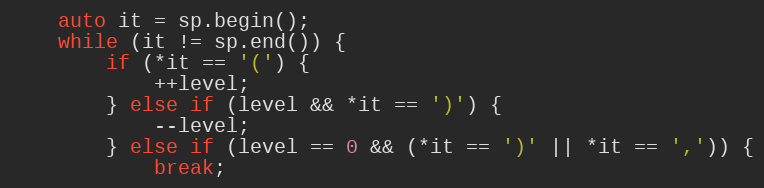
Language: C++
    auto it = sp.begin();
    while (it != sp.end()) {
        if (*it == '(') {
            ++level;
        } else if (level && *it == ')') {
            --level;
        } else if (level == 0 && (*it == ')' || *it == ',')) {
            break;